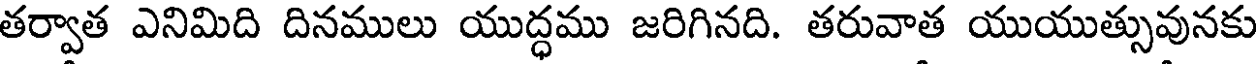
తర్వాత ఎనిమిది దినములు యుద్ధము జరిగినది. తరువాత యుయుత్సువునకు